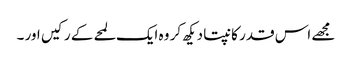
مجھے اس قدر کانپتا دیکھ کر وہ ایک لمحے کے رکیں اور ۔